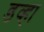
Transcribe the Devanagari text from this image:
डव्हा